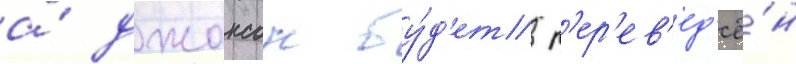
а́ джонсон бу́д'ет п'ер'ев'ед'ё́н